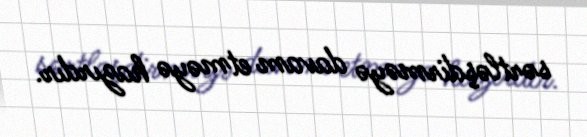
sərtləşdirməyə davam etməyə hazırdır.